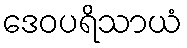
ဒေဝပရိသာယံ